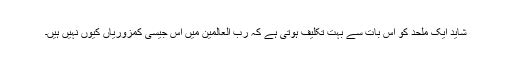
شاید ایک ملحد کو اس بات سے بہت تکلیف ہوتی ہے کہ رب العالمین میں اُس جیسی کمزوریاں کیوں نہیں ہیں۔